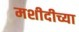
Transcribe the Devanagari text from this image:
मशीदीच्या